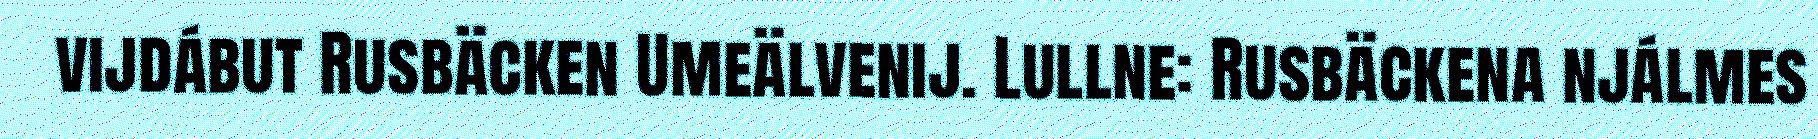
vijdábut Rusbäcken Umeälvenij. Lullne: Rusbäckena njálmes